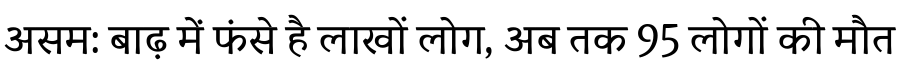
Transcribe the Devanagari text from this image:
असम: बाढ़ में फंसे है लाखों लोग, अब तक 95 लोगों की मौत